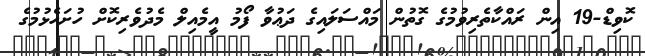
ކޮވިޑް-19 އިން ރައްކާތެރިވުމުގެ ގޮތުން މައްސަލައިގެ ދަޢުވާ ފޯމު އީމެއިލް މެދުވެރިކޮށް ހުށަހެޅުމުގެ